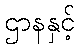
ဌာနနှင့်